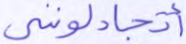
أتجادلونني